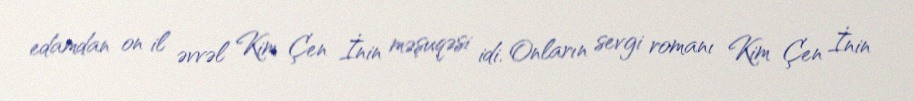
edamdan on il əvvəl Kim Çen İnin məşuqəsi idi. Onların sevgi romanı Kim Çen İnin